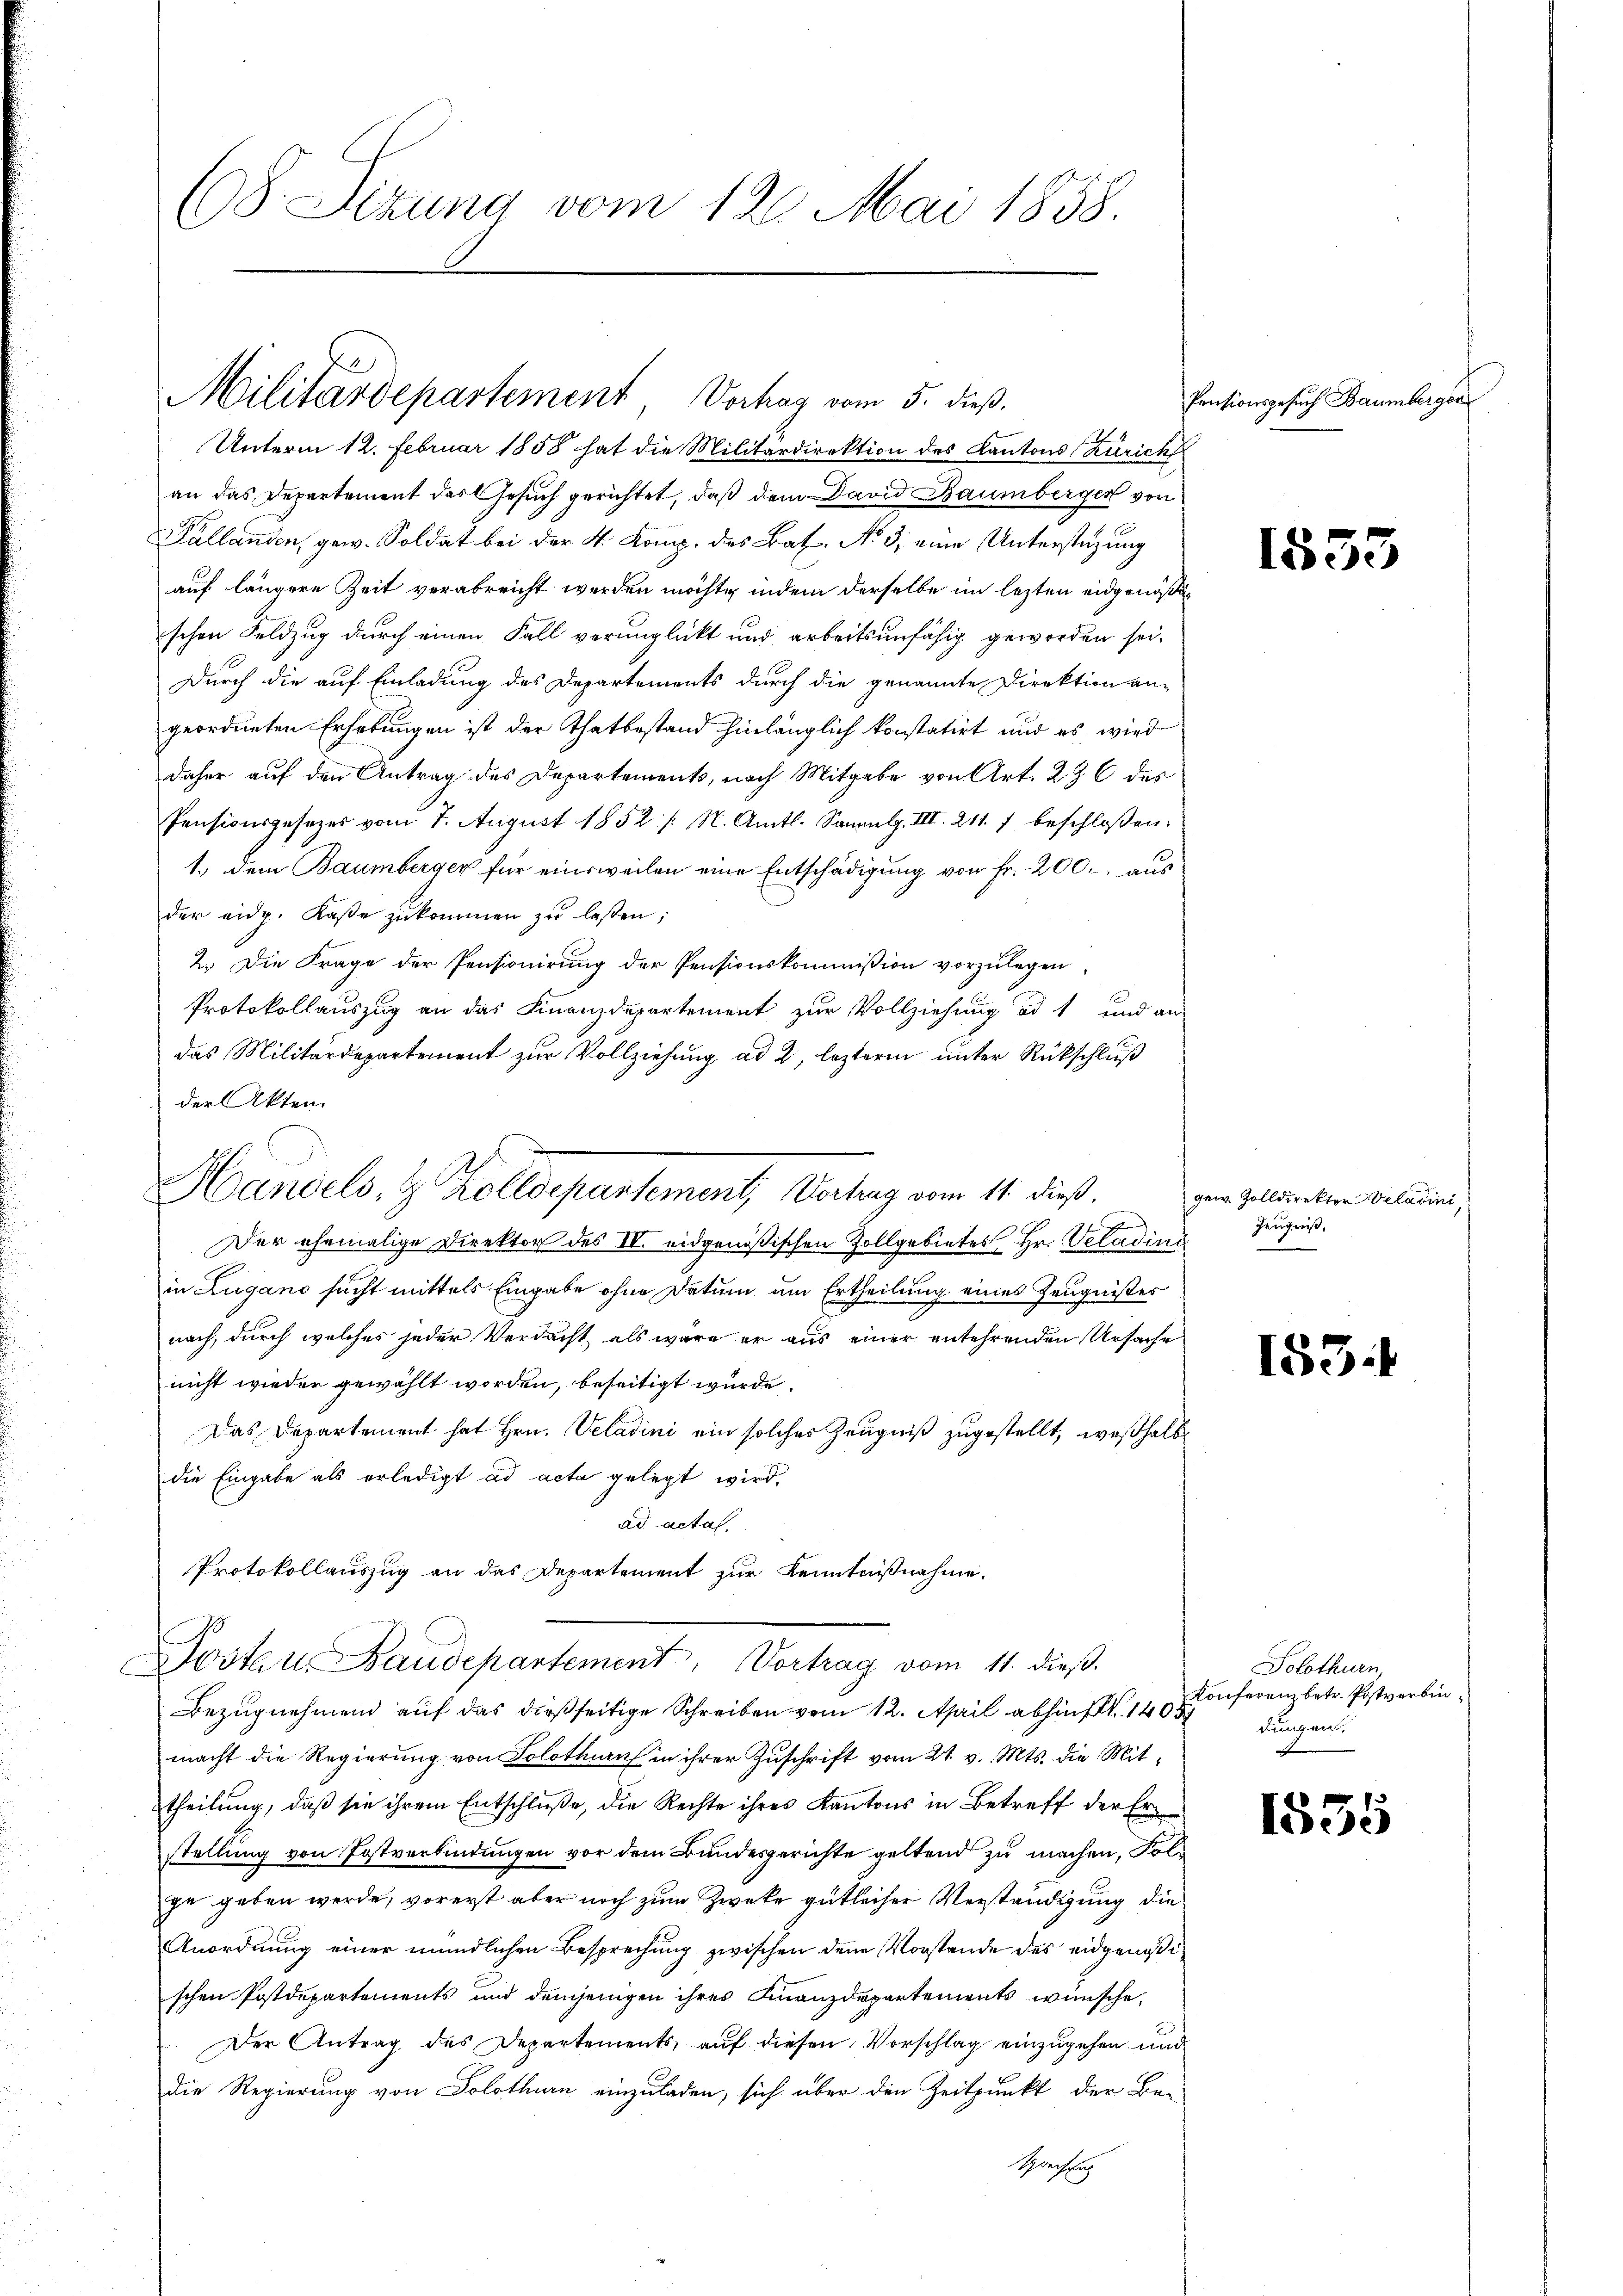
(8. Sizung vom 12. Mai 1858.

Militärdepartement Verhag vom 5. dieß.
Unterm 12. Februar 1858 hat die Militärdirektion des Kantons Zürich

an das Depretement des Gesuch gerichtet, daß dem David Baumberger von
Pállanden, gew. Soldat bei der 4. Komp. des Bat. No. 3, eine Unterstüzung
auf längere Zeit verabreicht werden möchte, indem derselbe im lezten eidgenößischen Feldzug durch einen Fall verunglickt und arbeitsunfähig geworden sei.
Durch die auf Einladung des Departements durch die genannte Direktion an-
geordneten Erhebungen ist der Thatbestand hinlänglich konstatirt und es wird
daher auf den Antrag des Departements, nach Mitgabe von Art. 296 des
Pensionsgesetzes vom 7. August 1852 /: M. Amtl. Sammlg. III. 211. 1 beschlossen.
1.) Dem Baumberger für einsweilen eine Entschädigung von Fr. 200. aus
der eidg. Kasse zŭkommen zŭ lassen;
2.) Die Frage der Pensionirung der Pensionskommission vorzulegen,
Protokollauszug an das Finanzdepartement zur Vollziehung ad 1 und an
das Militärdepartement zur Vollziehung ad 2, leztere unter Rückschluß
der Akten
J
Der ehemalige Direktor des IV. eidgenößischen Zollgebietes Hr. Veladini
in Lugano sucht mittels Eingabe ohne Datum um Ertheilung eines Zeugnißes
nach, durch welches jeder Verdacht als wäre er aus einer entehrenden Ursache
nicht wieder gewählt worden, beseitigt wurde.
Das Departement hat Hrn. Veladini ein solches Zeugniß zugestellt, weßhalb
die Eingabe als erledigt ad acta gelegt wird,
ad actat.
Protokollauszug an das Departement zur Kenntnißnahme
Postan Baudepartement. Vortrag vom 11. dieß.
Bezugnehmend auf das dießseitige Schreiben vom 12. April abhin 1408
macht die Regierung von Solothurn in ihrer Zuschrift vom 21. v. Mts. die Mittheilung, daß sie ihrem Entschluße, die Rechte ihres Kantons in Betreff der Erstellung von Postverbindungen vor dem Bundesgerichte geltend zu machen, Folge geben werde, vorerst aber noch zum Zwecke gutlicher Verständigung die
Anordnung einer mündlichen Besprechung zwischen den Vorstande des eidgenößischen Postdepartements und demjenigen ihrer Finanzdepartements wünsche,
Der Antrag des Departements, auf diesen Vorschlag einzugehen und
Die Regierung von Solothurn einzuladen, sich über den Zeitpunkt der Be-
sprechte

Handels, z. Zolldepartement, Vortrag vom 11. dieß.

Pensionsgesuch Baumberger

1553

gew. Zolldirektor Weladini
Zeugnis,

153.

Solothurn,
Konferenz betr. Postverbindungen.

1835